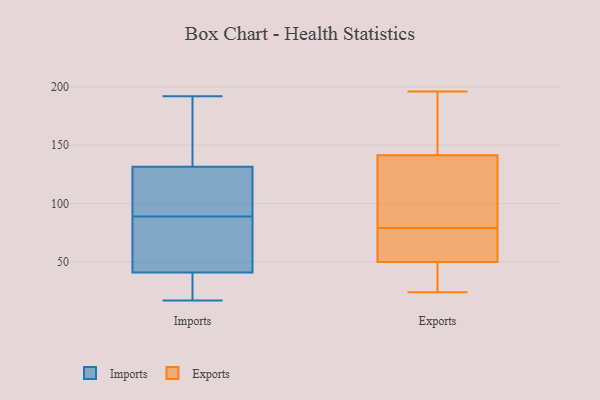
{"axis": {"x": "Temperature (°C)", "y": "Value"}, "legend": ["Exports", "Imports"], "data": [{"x": "", "y": 56, "type": "Imports"}, {"x": "", "y": 26, "type": "Imports"}, {"x": "", "y": 121, "type": "Imports"}, {"x": "", "y": 142, "type": "Imports"}, {"x": "", "y": 121, "type": "Imports"}, {"x": "", "y": 17, "type": "Imports"}, {"x": "", "y": 20, "type": "Imports"}, {"x": "", "y": 66, "type": "Imports"}, {"x": "", "y": 58, "type": "Imports"}, {"x": "", "y": 147, "type": "Imports"}, {"x": "", "y": 112, "type": "Imports"}, {"x": "", "y": 192, "type": "Imports"}, {"x": "", "y": 180, "type": "Exports"}, {"x": "", "y": 196, "type": "Exports"}, {"x": "", "y": 173, "type": "Exports"}, {"x": "", "y": 109, "type": "Exports"}, {"x": "", "y": 109, "type": "Exports"}, {"x": "", "y": 169, "type": "Exports"}, {"x": "", "y": 76, "type": "Exports"}, {"x": "", "y": 49, "type": "Exports"}, {"x": "", "y": 57, "type": "Exports"}, {"x": "", "y": 154, "type": "Exports"}, {"x": "", "y": 82, "type": "Exports"}, {"x": "", "y": 51, "type": "Exports"}, {"x": "", "y": 110, "type": "Exports"}, {"x": "", "y": 129, "type": "Exports"}, {"x": "", "y": 47, "type": "Exports"}, {"x": "", "y": 74, "type": "Exports"}, {"x": "", "y": 74, "type": "Exports"}, {"x": "", "y": 41, "type": "Exports"}, {"x": "", "y": 24, "type": "Exports"}, {"x": "", "y": 37, "type": "Exports"}]}